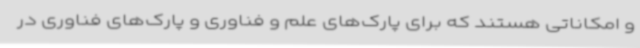
و امکاناتی هستند که برای پارک‌های علم و فناوری و پارک‌های فناوری در